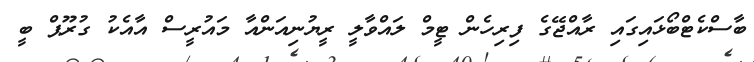
ބާސްކެޓްބޯޅައިގައި ރާއްޖޭގެ ފިރިހެން ޓީމް ލައްވާލީ ރީޔުނިއަންއާ މައުރީސް އާއެކު ގުރޫޕް ބީ